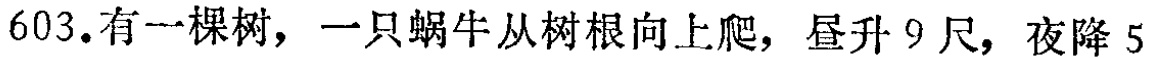
603.有一棵树，一只蜗牛从树根向上爬，昼升 9 尺，夜降 5